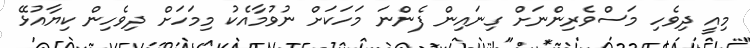
މިއީ ދިވެހި މަސްވެރިންނަށް ގިނައިން ފެންނަ މަހަކަށް ނުވުމާއެކު މިމަހަށް ދިވެހިން ކިޔާއުޅޭ